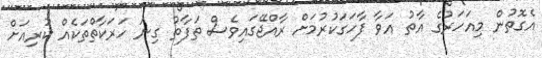
އެގޮތުން މިއަހަރުގެ އާތު އަވާ ފާހަގަކުރުމަށް ރާއްޖޭގައިވެސް ތަފާތު ގިނަ ހަރަކާތްތަކެއް ކުރިއަށް